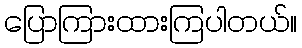
ပြောကြားထားကြပါတယ်။